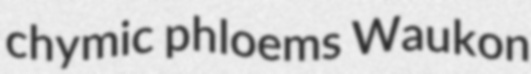
chymic phloems Waukon